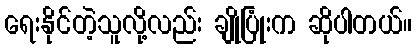
ရေးနိုင်တဲ့သူလို့လည်း ချိုပြုံးက ဆိုပါတယ်။